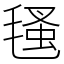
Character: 㲧